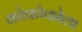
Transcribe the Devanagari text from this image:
कोकोकोला